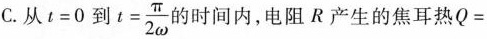
C.从$$t=0$$到 $$t= \frac{\pi}{2 \omega}$$ 的时间内，电阻R产生的焦耳热Q=